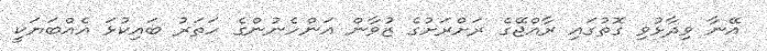
އޭނާ ވިދާޅުވި ގޮތުގައި ރާއްޖޭގެ ރަށްރަށުގެ ޒުވާން އަންހެނުންގެ ހަތަރު ބައިކުޅަ އެއްބަޔަކީ